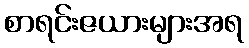
စာရင်းဇယားများအရ